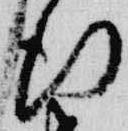
行